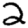
Digit: 2